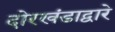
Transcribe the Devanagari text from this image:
दोरखंडाद्वारे